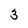
Character: 3